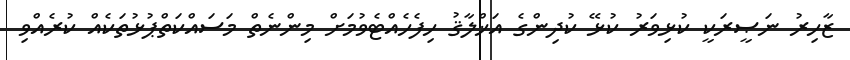
ޒާހިރު ނަޞީރަކީ ކުޅިވަރު ކުޅޭ ކުދިންގެ އަޚްލާޤު ހިފެހެއްޓެވުމަށް މިންނެތް މަސައްކަތްޕުޅުތަކެއް ކުރެއްވި